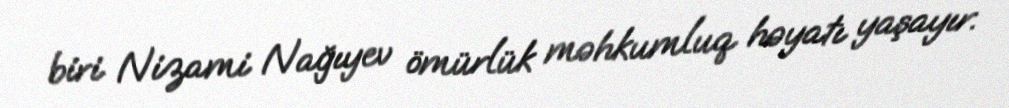
biri Nizami Nağıyev ömürlük məhkumluq həyatı yaşayır.